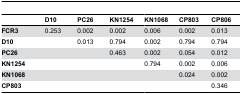
<table><thead><tr><td></td><td><b>D10</b></td><td><b>PC26</b></td><td><b>KN1254</b></td><td><b>KN1068</b></td><td><b>CP803</b></td><td><b>CP806</b></td></tr></thead><tbody><tr><td><b>FCR3</b></td><td>0.253</td><td>0.002</td><td>0.002</td><td>0.006</td><td>0.002</td><td>0.013</td></tr><tr><td><b>D10</b></td><td></td><td>0.013</td><td>0.794</td><td>0.002</td><td>0.794</td><td>0.794</td></tr><tr><td><b>PC26</b></td><td></td><td></td><td>0.463</td><td>0.002</td><td>0.054</td><td>0.012</td></tr><tr><td><b>KN1254</b></td><td></td><td></td><td></td><td>0.794</td><td>0.002</td><td>0.006</td></tr><tr><td><b>KN1068</b></td><td></td><td></td><td></td><td></td><td>0.024</td><td>0.002</td></tr><tr><td><b>CP803</b></td><td></td><td></td><td></td><td></td><td></td><td>0.346</td></tr></tbody></table>